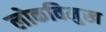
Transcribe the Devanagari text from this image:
लोकविमुख